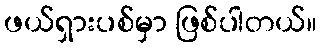
ဖယ်ရှားပစ်မှာ ဖြစ်ပါတယ်။